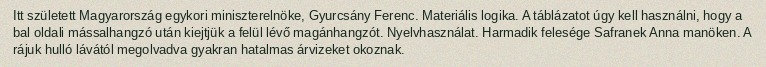
Itt született Magyarország egykori miniszterelnöke, Gyurcsány Ferenc. Materiális logika. A táblázatot úgy kell használni, hogy a bal oldali mássalhangzó után kiejtjük a felül lévő magánhangzót. Nyelvhasználat. Harmadik felesége Safranek Anna manöken. A rájuk hulló lávától megolvadva gyakran hatalmas árvizeket okoznak.